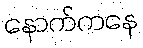
နောက်ကနေ